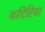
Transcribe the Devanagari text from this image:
कदिरिया